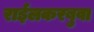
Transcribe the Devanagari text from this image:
राईलकरबुवा